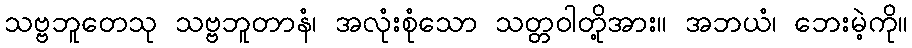
သဗ္ဗဘူတေသု သဗ္ဗဘူတာနံ၊ အလုံးစုံသော သတ္တဝါတို့အား။ အဘယံ၊ ဘေးမဲ့ကို။